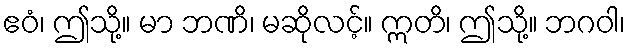
ဧဝံ၊ ဤသို့။ မာ ဘဏိ၊ မဆိုလင့်။ ဣတိ၊ ဤသို့။ ဘဂဝါ၊